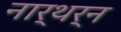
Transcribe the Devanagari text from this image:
नार्थर्न